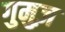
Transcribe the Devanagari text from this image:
गुमुज़